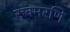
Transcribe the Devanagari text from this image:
रुक्मरणि